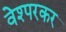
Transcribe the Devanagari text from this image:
वेश्परकर